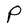
Character: P